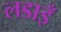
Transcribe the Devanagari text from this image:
लडाइँ